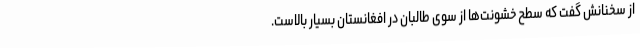
از سخنانش گفت که سطح خشونت‌ها از سوی طالبان در افغانستان بسیار بالاست.